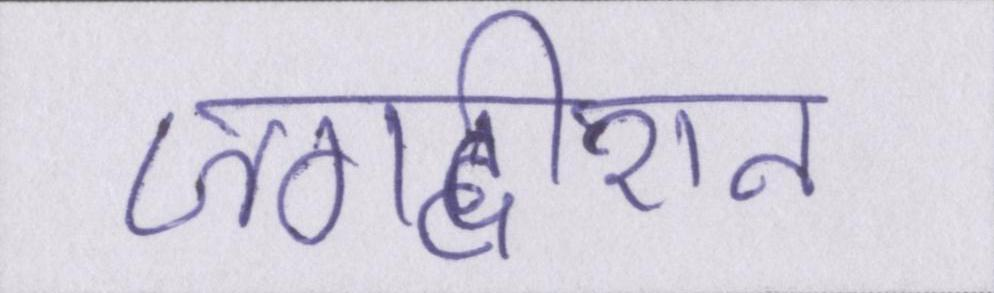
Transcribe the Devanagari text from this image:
जगदीशन